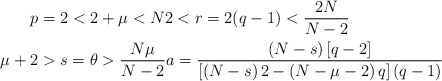
\begin{align*}p & =2<2+\mu<N2<r=2(q-1)<\frac{2N}{N-2}\\\mu+2 & >s=\theta>\frac{N\mu}{N-2}a=\frac{\left( N-s\right)\left[ q-2\right] }{\left[ \left( N-s\right) 2-\left( N-\mu-2\right)q\right] (q-1)}\end{align*}